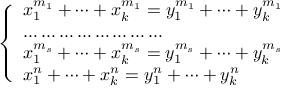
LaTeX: \left\{ \begin{array} { l l } { x _ { 1 } ^ { m _ { 1 } } + \dots + x _ { k } ^ { m _ { 1 } } = y _ { 1 } ^ { m _ { 1 } } + \dots + y _ { k } ^ { m _ { 1 } } } \\ { \dots \dots \dots \dots \dots \dots \dots \dots } \\ { x _ { 1 } ^ { m _ { s } } + \dots + x _ { k } ^ { m _ { s } } = y _ { 1 } ^ { m _ { s } } + \dots + y _ { k } ^ { m _ { s } } } \\ { x _ { 1 } ^ { n } + \dots + x _ { k } ^ { n } = y _ { 1 } ^ { n } + \dots + y _ { k } ^ { n } } \end{array} \right.